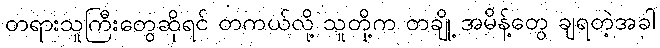
တရားသူကြီးတွေဆိုရင် တကယ်လို့ သူတို့က တချို့ အမိန့်တွေ ချရတဲ့အခါ